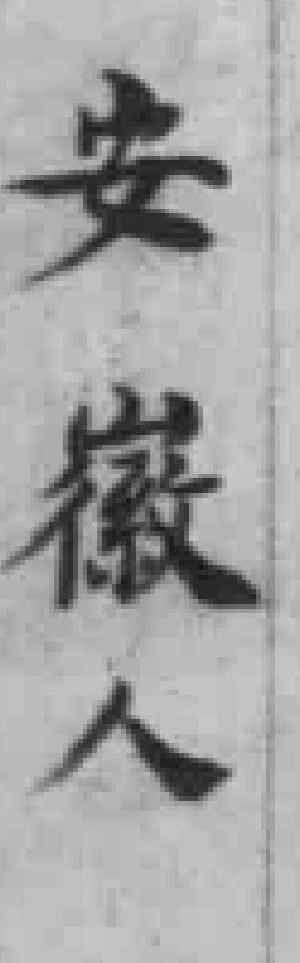
安徽人